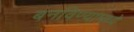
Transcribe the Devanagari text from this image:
बनविण्यामध्ये